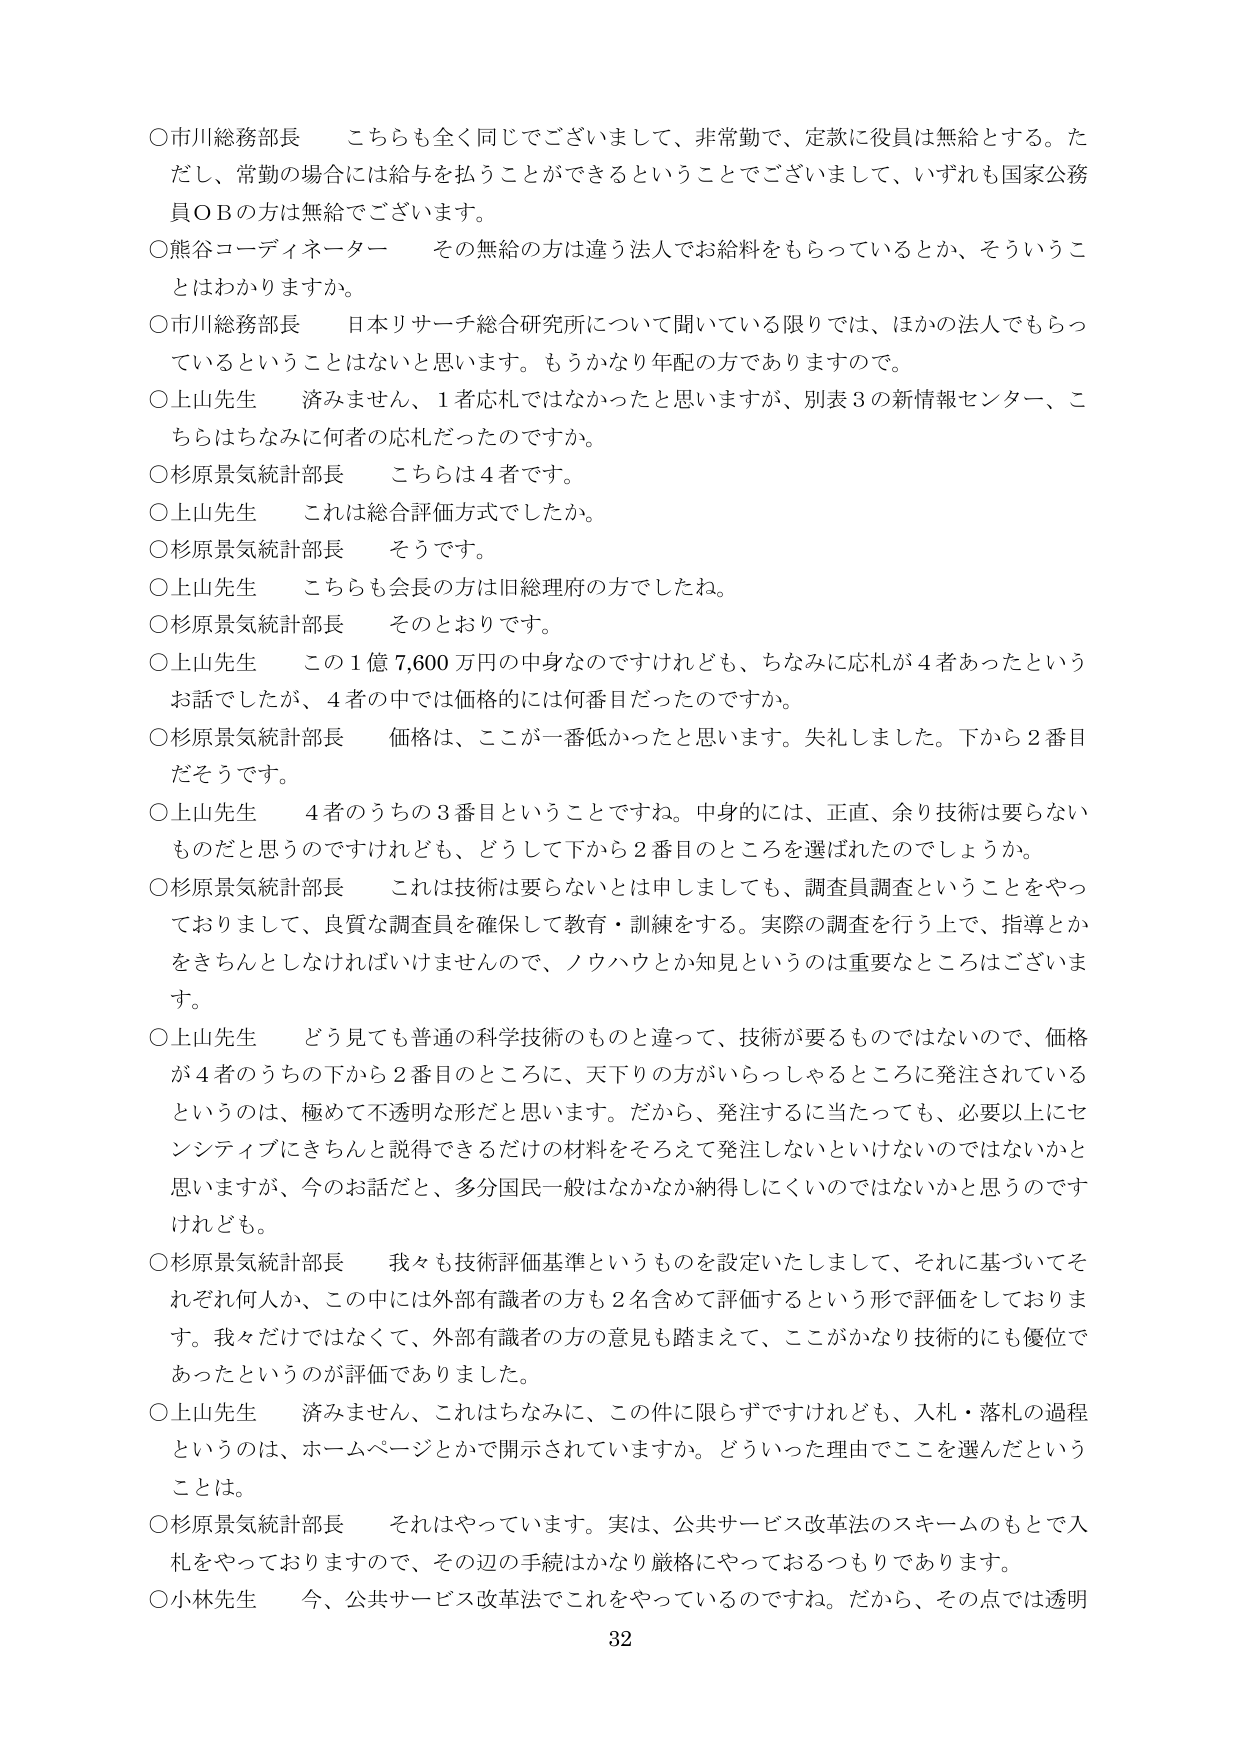
○市川総務部長　こちらも全く同じでございまして、非常勤で、定款に役員は無給とする。ただし、常勤の場合には給与を払うことができるということでございまして、いずれも国家公務員ＯＢの方は無給でございます。

○熊谷コーディネーター　その無給の方は違う法人でお給料をもらっているとか、ということはわかりますか。

○市川総務部長　日本リサーチ総合研究所について聞いている限りでは、ほかの法人でもらっているということはないと思います。もうかなり年配の方でありますので。

○上山先生　済みません、1者応札ではなかったと思いますが、別表3の新情報センター、こちらはちなみに何者の応札だったのですか。

○杉原景気統計部長　こちらは4者です。

○上山先生　これは総合評価方式でしたか。

○杉原景気統計部長　そうです。

○上山先生　こちらも会長の方は旧総理府の方でしたね。

○杉原景気統計部長　そのとおりです。

○上山先生　この1億7,600万円の中身なのですけれども、ちなみに応札が4者あったというお話でしたが、4者の中では価格的には何番目だったのですか。

○杉原景気統計部長　価格は、ここが一番低かったと思います。失礼しました。下から2番目だそうです。

○上山先生　4者のうちの3番目ということですね。中身的には、正直、余り技術は要らないものだと思うのですけれども、どうして下から2番目のところを選ばれたのでしょうか。

○杉原景気統計部長　これは技術は要らないとは申しましても、調査員調査ということをやっておりまして、良質な調査員を確保して教育・訓練をする。実際の調査を行う上で、指導とかをきちんとしなければいけませんので、ノウハウとか知見というのは重要なところございます。

○上山先生　どう見ても普通の科学技術のものと違って、技術が要るものではないので、価格が4者のうちの下から2番目のところに、天下りの方がいらっしゃるところに発注されているというのは、極めて不透明な形だと思います。だから、発注するに当たっても、必要以上にセンシティブにきちんと説得できるだけの材料をそろえて発注しないといけないのではないかと思いますが、今のお話だと、多分国民一般はなかなか納得しにくいのではないかと思うのですけれども。

○杉原景気統計部長　我々も技術評価基準というものを設定いたしまして、それに基づいてそれぞれ何人か、この中には外部有識者の方も2名含めて評価するという形で評価をしております。我々だけではなくて、外部有識者の方の意見も踏まえて、ここがかなり技術的にも優位であったというのが評価でありました。

○上山先生　済みません、これはちなみに、この件に限らずですけれども、入札・落札の過程というのは、ホームページとかで開示されていますか。どういった理由でここを選んだということは。

○杉原景気統計部長　それはやっています。実は、公共サービス改革法のスキームのもとで入札をやっておりますので、その辺の手続はかなり厳格にやっておるつもりであります。

○小林先生　今、公共サービス改革法でこれをやっているのですね。だから、その点では透明

32